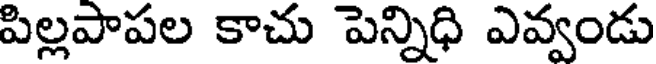
పిల్లపాపల కాచు పెన్నిధి ఎవ్వండు